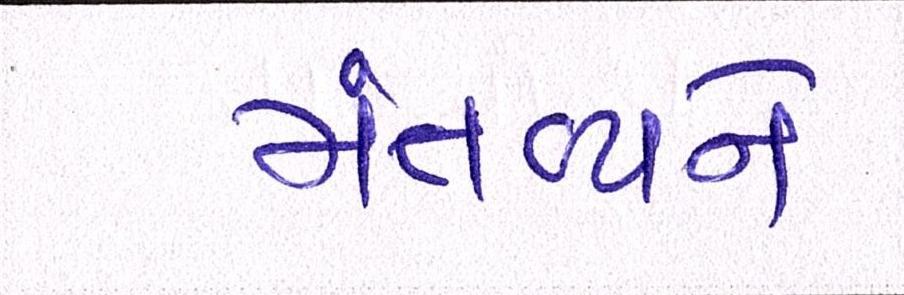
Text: મંતવ્યને